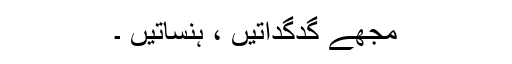
مجھے گدگداتیں ، ہنساتیں ۔